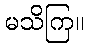
မသိကြ။